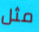
مثل